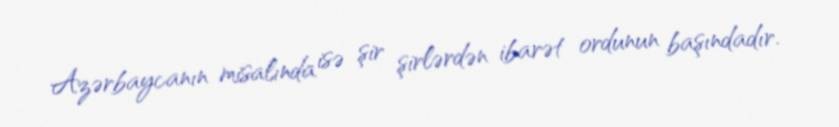
Azərbaycanın misalında isə şir şirlərdən ibarət ordunun başındadır.